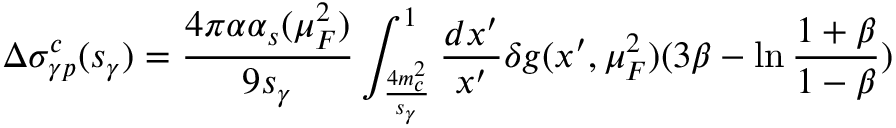
\Delta \sigma _ { \gamma p } ^ { c } ( s _ { \gamma } ) = { \frac { 4 \pi \alpha \alpha _ { s } ( \mu _ { F } ^ { 2 } ) } { 9 s _ { \gamma } } } \int _ { { \frac { 4 m _ { c } ^ { 2 } } { s _ { \gamma } } } } ^ { 1 } { \frac { d x ^ { \prime } } { x ^ { \prime } } } \delta g ( x ^ { \prime } , \mu _ { F } ^ { 2 } ) ( 3 \beta - \ln { \frac { 1 + \beta } { 1 - \beta } } )